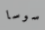
سوسا